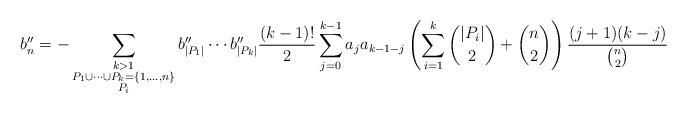
LaTeX: \begin{align*}b''_n = - \sum_{\substack{k > 1 \\ P_1 \cup \cdots \cup P_k = \{1,\ldots, n\} \\ P_i }} b''_{|P_1|}\cdots b''_{|P_k|} \frac{(k-1)!}{2}\sum_{j=0}^{k-1}a_ja_{k-1-j}\left(\sum_{i=1}^{k}\binom{|P_i|}{2} + \binom{n}{2}\right)\frac{(j+1)(k-j)}{\binom{n}{2}} \end{align*}